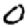
Digit: 0